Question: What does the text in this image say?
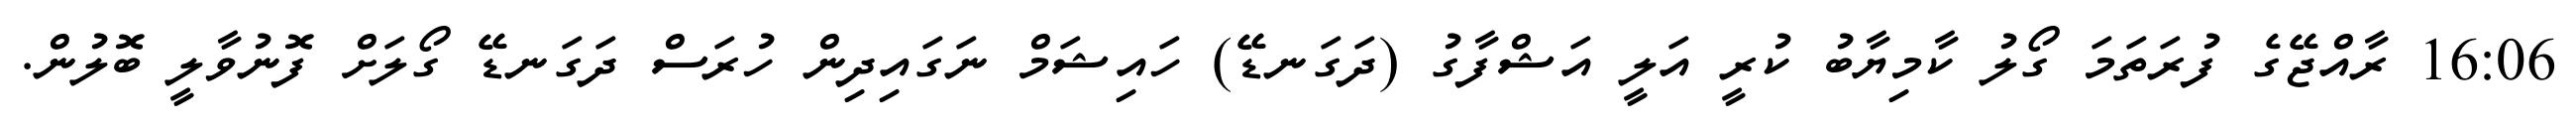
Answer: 16:06 ރާއްޖޭގެ ފުރަތަމަ ގޯލު ކާމިޔާބު ކުރީ އަލީ އަޝްފާގު (ދަގަނޑޭ) ހައިޝަމް ނަގައިދިން ހުރަސް ދަގަނޑޭ ގޯލަށް ފޮނުވާލީ ބޮލުން.